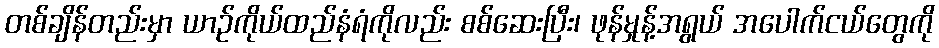
တစ်ချိန်တည်းမှာ ယာဉ်ကိုယ်ထည်နံရံကိုလည်း စစ်ဆေးပြီး၊ ဖုန်မှုန့်အရွယ် အပေါက်ငယ်တွေကို